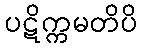
ပဋိက္ကမတိပိ